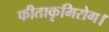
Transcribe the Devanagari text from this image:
फीताकृमिरोग।